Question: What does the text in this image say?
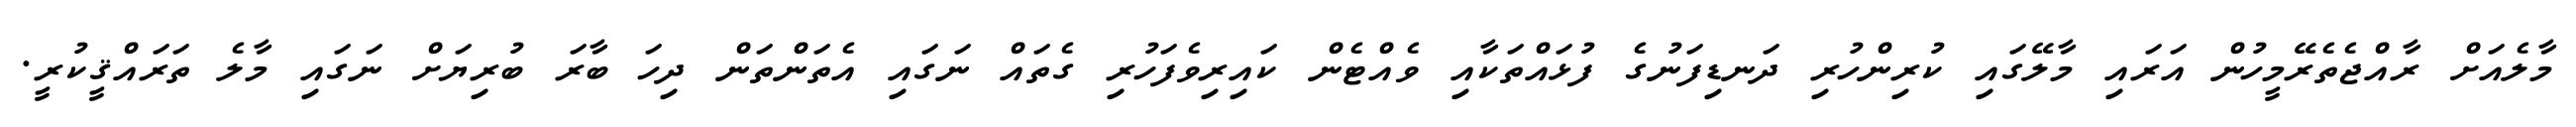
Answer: މާލެއަށް ރާއްޖެތެރޭމީހުން އަރައި މާލޭގައި ކުރިންހުރި ދަނޑިފަނުގެ ފުޅައްތަކާއި ވެއްޓެން ކައިރިވެފަހުރި ގެތައް ނަގައި އެތަންތަން ދިހަ ބާރަ ބުރިޔަށް ނަގައި މާލެ ތަރައްޤީކުރީ.